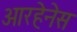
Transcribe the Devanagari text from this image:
आरहेनेस